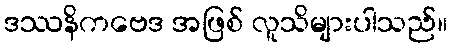
ဒဿနိကဗေဒ အဖြစ် လူသိများပါသည်။